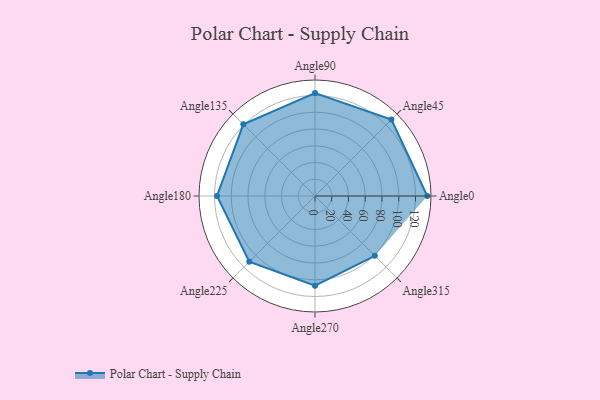
{"axis": {"x": "Angle", "y": "Radius"}, "legend": [""], "data": [{"x": "Angle0", "y": 134.0, "type": ""}, {"x": "Angle45", "y": 129.0, "type": ""}, {"x": "Angle90", "y": 123.0, "type": ""}, {"x": "Angle135", "y": 121.0, "type": ""}, {"x": "Angle180", "y": 117.0, "type": ""}, {"x": "Angle225", "y": 111.0, "type": ""}, {"x": "Angle270", "y": 107.0, "type": ""}, {"x": "Angle315", "y": 101.0, "type": ""}]}